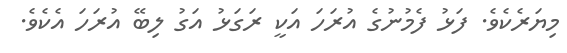
މިޔަރެކެވެ. ފަޅު ފެމުނުގެ އުރަހަ އަކީ ރަަގަޅު އަގު ލިބޭ އުރަހަ އެކެވެ.